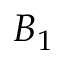
B _ { 1 }